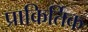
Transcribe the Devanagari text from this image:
प्राकिर्तिक